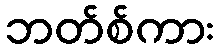
ဘတ်စ်ကား